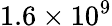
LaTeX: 1.6\times 10^{9}